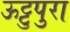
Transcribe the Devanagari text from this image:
ऊट्टुपुरा